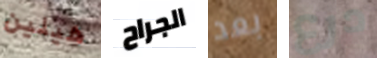
هيلين الجراح بعد درع